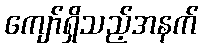
ကျော်ရှိသည့်အနက်